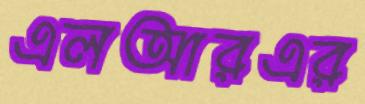
এলআরএর